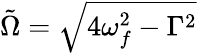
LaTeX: \tilde{\Omega}=\sqrt{4\omega_{f}^{2}-\Gamma^{2}}